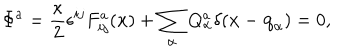
\Phi ^ { a } = { \frac { \kappa } { 2 } } \epsilon ^ { i j } F _ { i j } ^ { a } ( { \bf x } ) + \sum _ { \alpha } Q _ { \alpha } ^ { a } \delta ( { \bf x } - { \bf q } _ { \alpha } ) = 0 ,